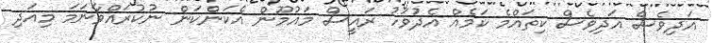
އަދިވެސް އަދިވެސް ކިތައްމެ ކަމެއް އެދުވަހު ރައީސް މައުމޫން އެކަންކަން ނުކުރައްވާނަމަ މިއަދި